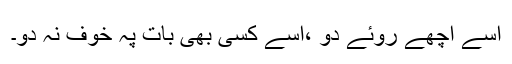
اسے اچھے روئے دو ،اسے کسی بھی بات پہ خوف نہ دو۔